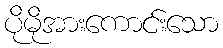
ပိုမိုအားကောင်းသော